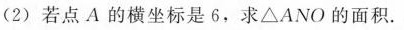
（2）若点A的横坐标是6，求△ANO的面积.